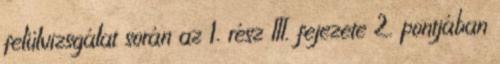
felülvizsgálat során az 1. rész III. fejezete 2. pontjában